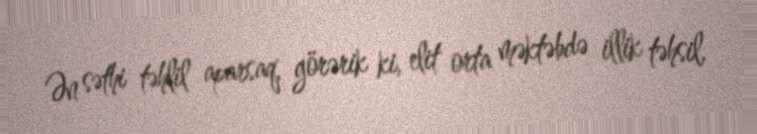
Ən səthi təhlil aparsaq, görərik ki, elit orta məktəbdə illik təhsil,